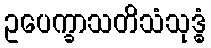
ဥပေက္ခာသတိသံသုဒ္ဓံ